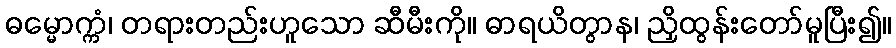
ဓမ္မောက္ကံ၊ တရားတည်းဟူသော ဆီမီးကို။ ဓာရယိတွာန၊ ညှိထွန်းတော်မူပြီး၍။